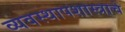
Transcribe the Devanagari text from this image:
व्यवस्थापशास्त्राचे